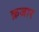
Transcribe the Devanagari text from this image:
क़जार